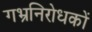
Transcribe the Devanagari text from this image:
गभ्रनिरोधकों